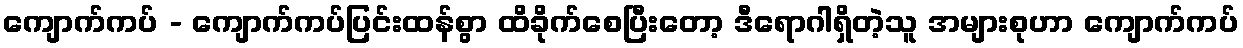
ကျောက်ကပ် - ကျောက်ကပ်ပြင်းထန်စွာ ထိခိုက်စေပြီးတော့ ဒီရောဂါရှိတဲ့သူ အများစုဟာ ကျောက်ကပ်